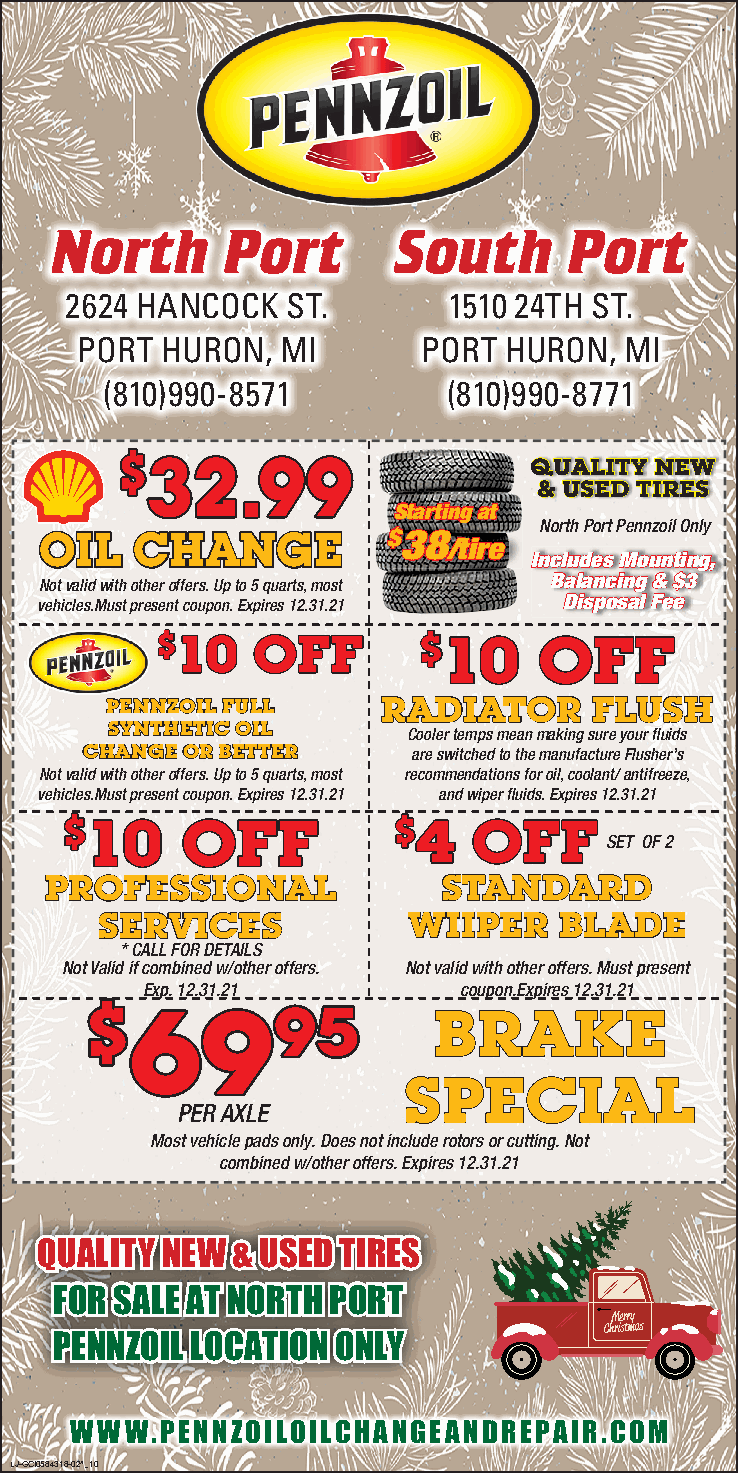
North       Port       South       Port
 2624 HANCOCK   ST.        1510 24TH ST.
 PORT  HURON,  MI       PORT HURON,  MI
 (810)990-8571          (810)990-8771
 3322..9999
 $$
 QQUUAALLIITTYY NNEEWW
 && UUSSEEDD TTIIRREESS
 SSttaarrttiinnggaatt
 OOIILL CCHHAANNGGEE    $$3388    NorthPortPennzoilOnly
 //ttiirree
 IInncclluuddeessMMoouunnttiinngg,,
 BBaallaanncciinngg&&$$33
 Notvalidwithotheroffers.Upto5quarts,most
 DDiissppoossaallFFeeee
 vehicles.Mustpresentcoupon.Expires12.31.21
 $$1100 OOFFFF     $$1100  OOFFFF
 RRAADDIIAATTOORR FFLLUUSSHH
 PPEENNNNZZOOIILLFFUULLLL
 SSYYNNTTHHEETTIICCOOIILL
 Coolertempsmeanmakingsureyourfluids
 CCHHAANNGGEEOORRBBEETTTTEERR areswitchedtothemanufactureFlusher’s
 Notvalidwithotheroffers.Upto5quarts,most recommendationsforoil,coolant/antifreeze,
 vehicles.Mustpresentcoupon.Expires12.31.21 andwiperfluids.Expires12.31.21
 $$1100  OOFFFF        $$44 OOFFFF
 SET OF2
 PPRROOFFEESSSSIIOONNAALL  SSTTAANNDDAARRDD
 SSEERRVVIICCEESS    WWIIIIPPEERR BBLLAADDEE
 *CALLFORDETAILS
 NotValidifcombinedw/otheroffers. Notvalidwithotheroffers.Mustpresent
 66Exp.12.3991.21      coupon.Expires12.31.21
 $$          9955       BBRRAAKKEE
 SSPPEECCIIAALL
 PERAXLE
 Mostvehiclepadsonly.Doesnotincluderotorsorcutting.Not
 combinedw/otheroffers.Expires12.31.21
 QQUUAALLIITTYY NNEEWW && UUSSEEDD TTIIRREESS
 FFOORR SSAALLEE AATT NNOORRTTHH PPOORRTT
 PPEENNNNZZOOIILL LLOOCCAATTIIOONN OONNLLYY
 WWW.PENNZOILOILCHANGEANDREPAIR.COM
 LJ-GCI0584318-02^_10